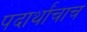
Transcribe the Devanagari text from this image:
पदार्थांचाच